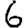
Digit: 6